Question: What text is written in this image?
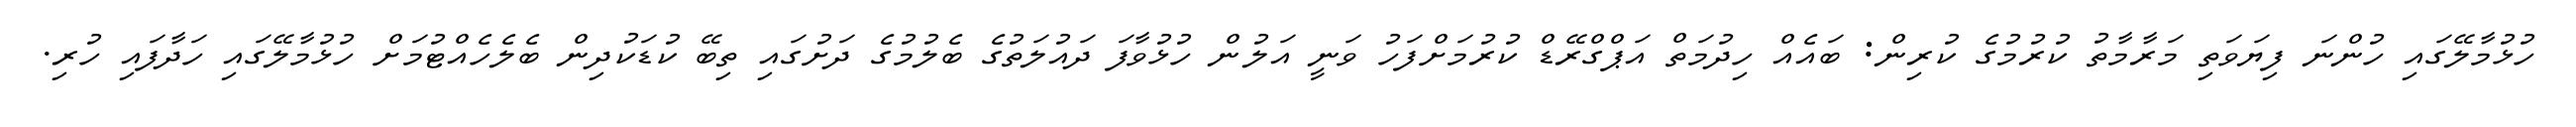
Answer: ހުޅުމާލޭގައި ހުންނަ ފިޔަވަތި މަރާމާތު ކުރުމުގެ ކުރިން: ބައެއް ހިދުމަތް އަޕްގްރޭޑް ކުރުމަށްފަހު ވަނީ އަލުން ހުޅުވާފަ ދައުލަތުގެ ބެލުމުގެ ދަށުގައި ތިބޭ ކުޑަކުދިން ބެލެހެއްޓުމަށް ހުޅުމާލޭގައި ހަދާފައި ހުރި.